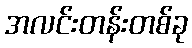
အလင်းတန်းတစ်ခု